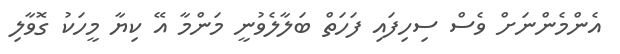
އެންމެންނަށް ވެސް ސިހިފައި ފަހަތް ބަލާލެވުނީ މަންމާ އޭ ކިޔާ މީހަކު ގޮވާލި